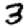
Digit: 3